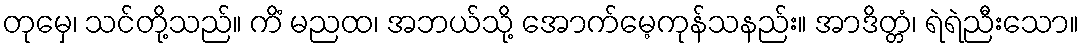
တုမှေ၊ သင်တို့သည်။ ကိံ မညထ၊ အဘယ်သို့ အောက်မေ့ကုန်သနည်း။ အာဒိတ္တံ၊ ရဲရဲညီးသော။